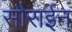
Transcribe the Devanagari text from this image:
सौराईन